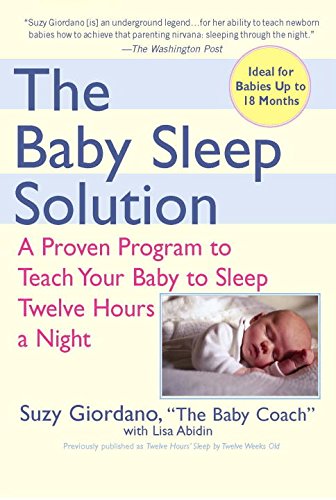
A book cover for The Baby Sleep Solution: A Proven Program to Teach Your Baby to Sleep Twelve Hours aNight; Suzy Giordano; Parenting & Relationships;